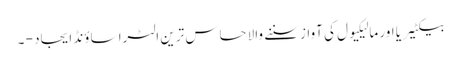
بیکٹیریا اور مالیکیول کی آواز سننے والا حساس ترین الٹرا ساؤنڈ ایجاد - ۔